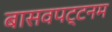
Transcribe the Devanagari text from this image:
बासवपट्टनम